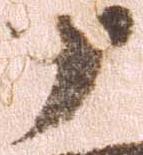
十